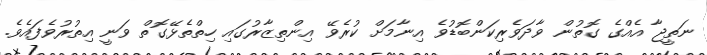
ނަތީޖާ އެއްގެ ގޮތުން ވާދަވެރިކަންބޮޑުވެ އިނާމަށް ކުރެވޭ އިންތިޒާރުގައި ހިތްތެޅޭގޮތް ވަނީ އިތުރުވެފައެވެ.